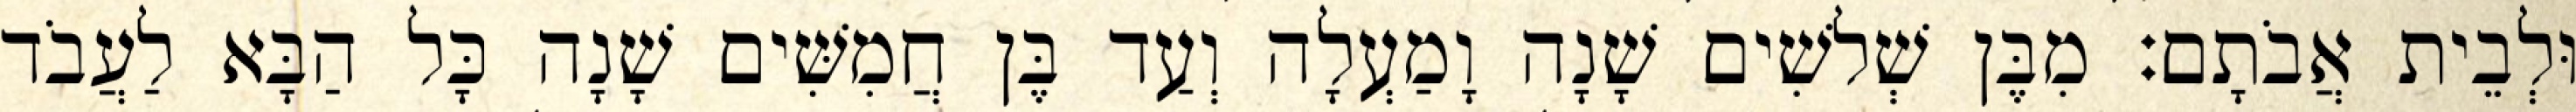
וּלְבֵית אֲבֹתָם׃ מִבֶּן שְׁלשִׁים שָׁנָה וָמַעְלָה וְעַד בֶּן חֲמִשִּׁים שָׁנָה כָּל הַבָּא לַעֲבֹד